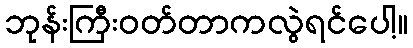
ဘုန်းကြီးဝတ်တာကလွဲရင်ပေါ့။